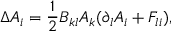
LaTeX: \Delta A _ { i } = \frac { 1 } { 2 } B _ { k l } A _ { k } ( \partial _ { l } A _ { i } + F _ { l i } ) ,